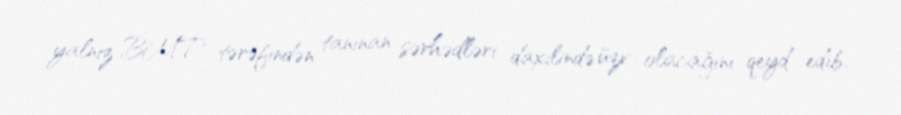
yalnız BMT tərəfindən tanınan sərhədləri daxilində üzv olacağını qeyd edib.